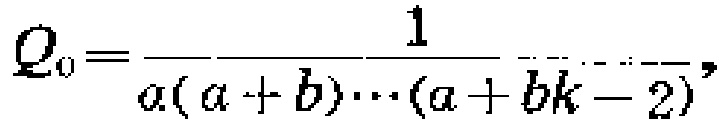
\[Q_{0}=\frac{1}{a(a + b)\cdots(a + bk - 2)},\]